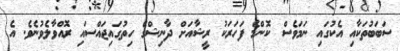
ސަބަބުތަކާއި އެކުގައި ނަމަވެސް ކޮންމެ ފަހަރަކު ރީޝާއަށް ދާނިޝްގެ ހިތުގައިޖައްސަައި ރޮއްވާލެެވުނެވެ. އެ